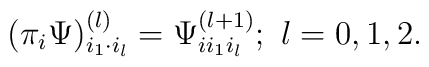
(\pi_i \Psi )^{(l)}_{i_1\cdot i_l}=\Psi_{ii_1i_l}^{(l+1)};\ l=0,1,2.